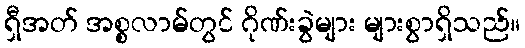
ရှီအတ် အစ္စလာမ်တွင် ဂိုဏ်းခွဲများ များစွာရှိသည်။